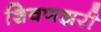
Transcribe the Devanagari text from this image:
शिवणझरी